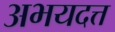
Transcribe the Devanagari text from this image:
अभयदत्त